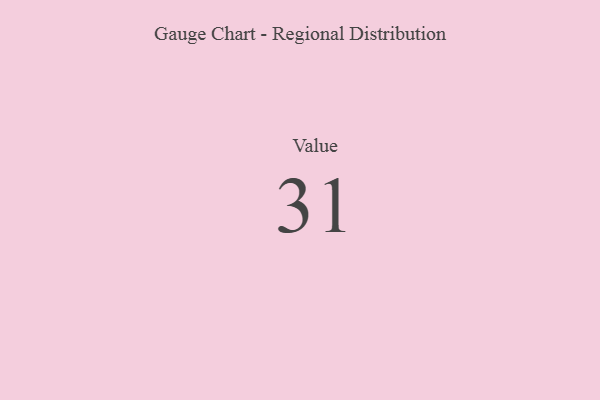
{"axis": {"x": "Metric", "y": "Value"}, "legend": [""], "data": [{"x": "Value", "y": 31, "type": ""}]}